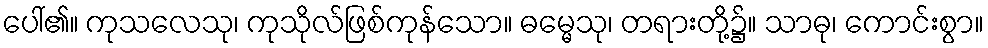
ပေါ်၏။ ကုသလေသု၊ ကုသိုလ်ဖြစ်ကုန်သော။ ဓမ္မေသု၊ တရားတို့၌။ သာဓု၊ ကောင်းစွာ။